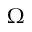
\Omega